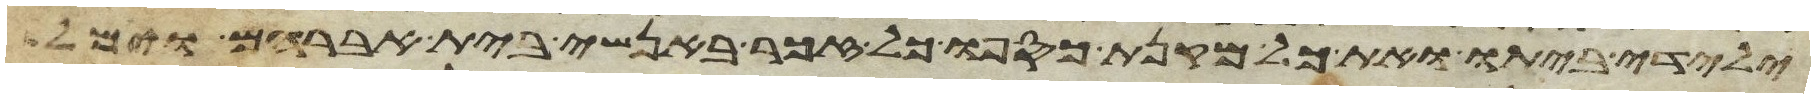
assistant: ילידי ביתו ואת כל מקנת כספו כל זכר באנשי בית אברהם וימל